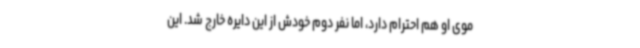
موی او هم احترام دارد، اما نفر دوم خودش از این دایره خارج شد. این